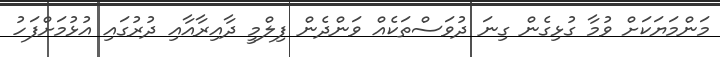
މަންމަޔަކަށް ވުމާ ގުޅިގެން ގިނަ ދުވަސްތަކެއް ވަންދެން ފިލްމީ ދާއިރާއާއި ދުރުގައި އުޅުމަށްފަހު